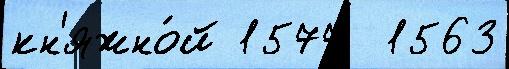
кн'яжно́й 1577  1563